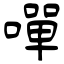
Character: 嘽